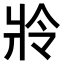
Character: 𤕵